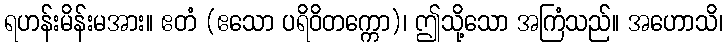
ရဟန်းမိန်းမအား။ ဧတံ (ဧသော ပရိဝိတက္ကော)၊ ဤသို့သော အကြံသည်။ အဟောသိ၊